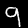
Label: 9